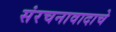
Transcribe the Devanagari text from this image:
संरचनावादाचे